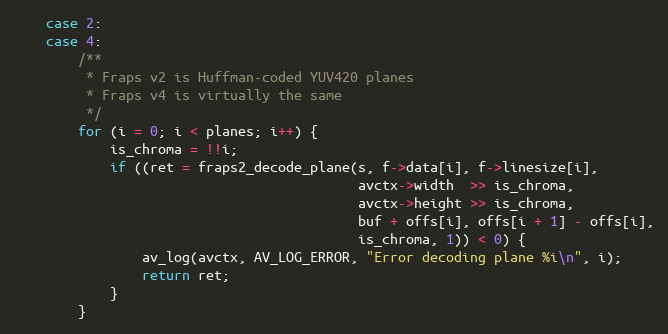
Language: C
    case 2:
    case 4:
        /**
         * Fraps v2 is Huffman-coded YUV420 planes
         * Fraps v4 is virtually the same
         */
        for (i = 0; i < planes; i++) {
            is_chroma = !!i;
            if ((ret = fraps2_decode_plane(s, f->data[i], f->linesize[i],
                                           avctx->width  >> is_chroma,
                                           avctx->height >> is_chroma,
                                           buf + offs[i], offs[i + 1] - offs[i],
                                           is_chroma, 1)) < 0) {
                av_log(avctx, AV_LOG_ERROR, "Error decoding plane %i\n", i);
                return ret;
            }
        }